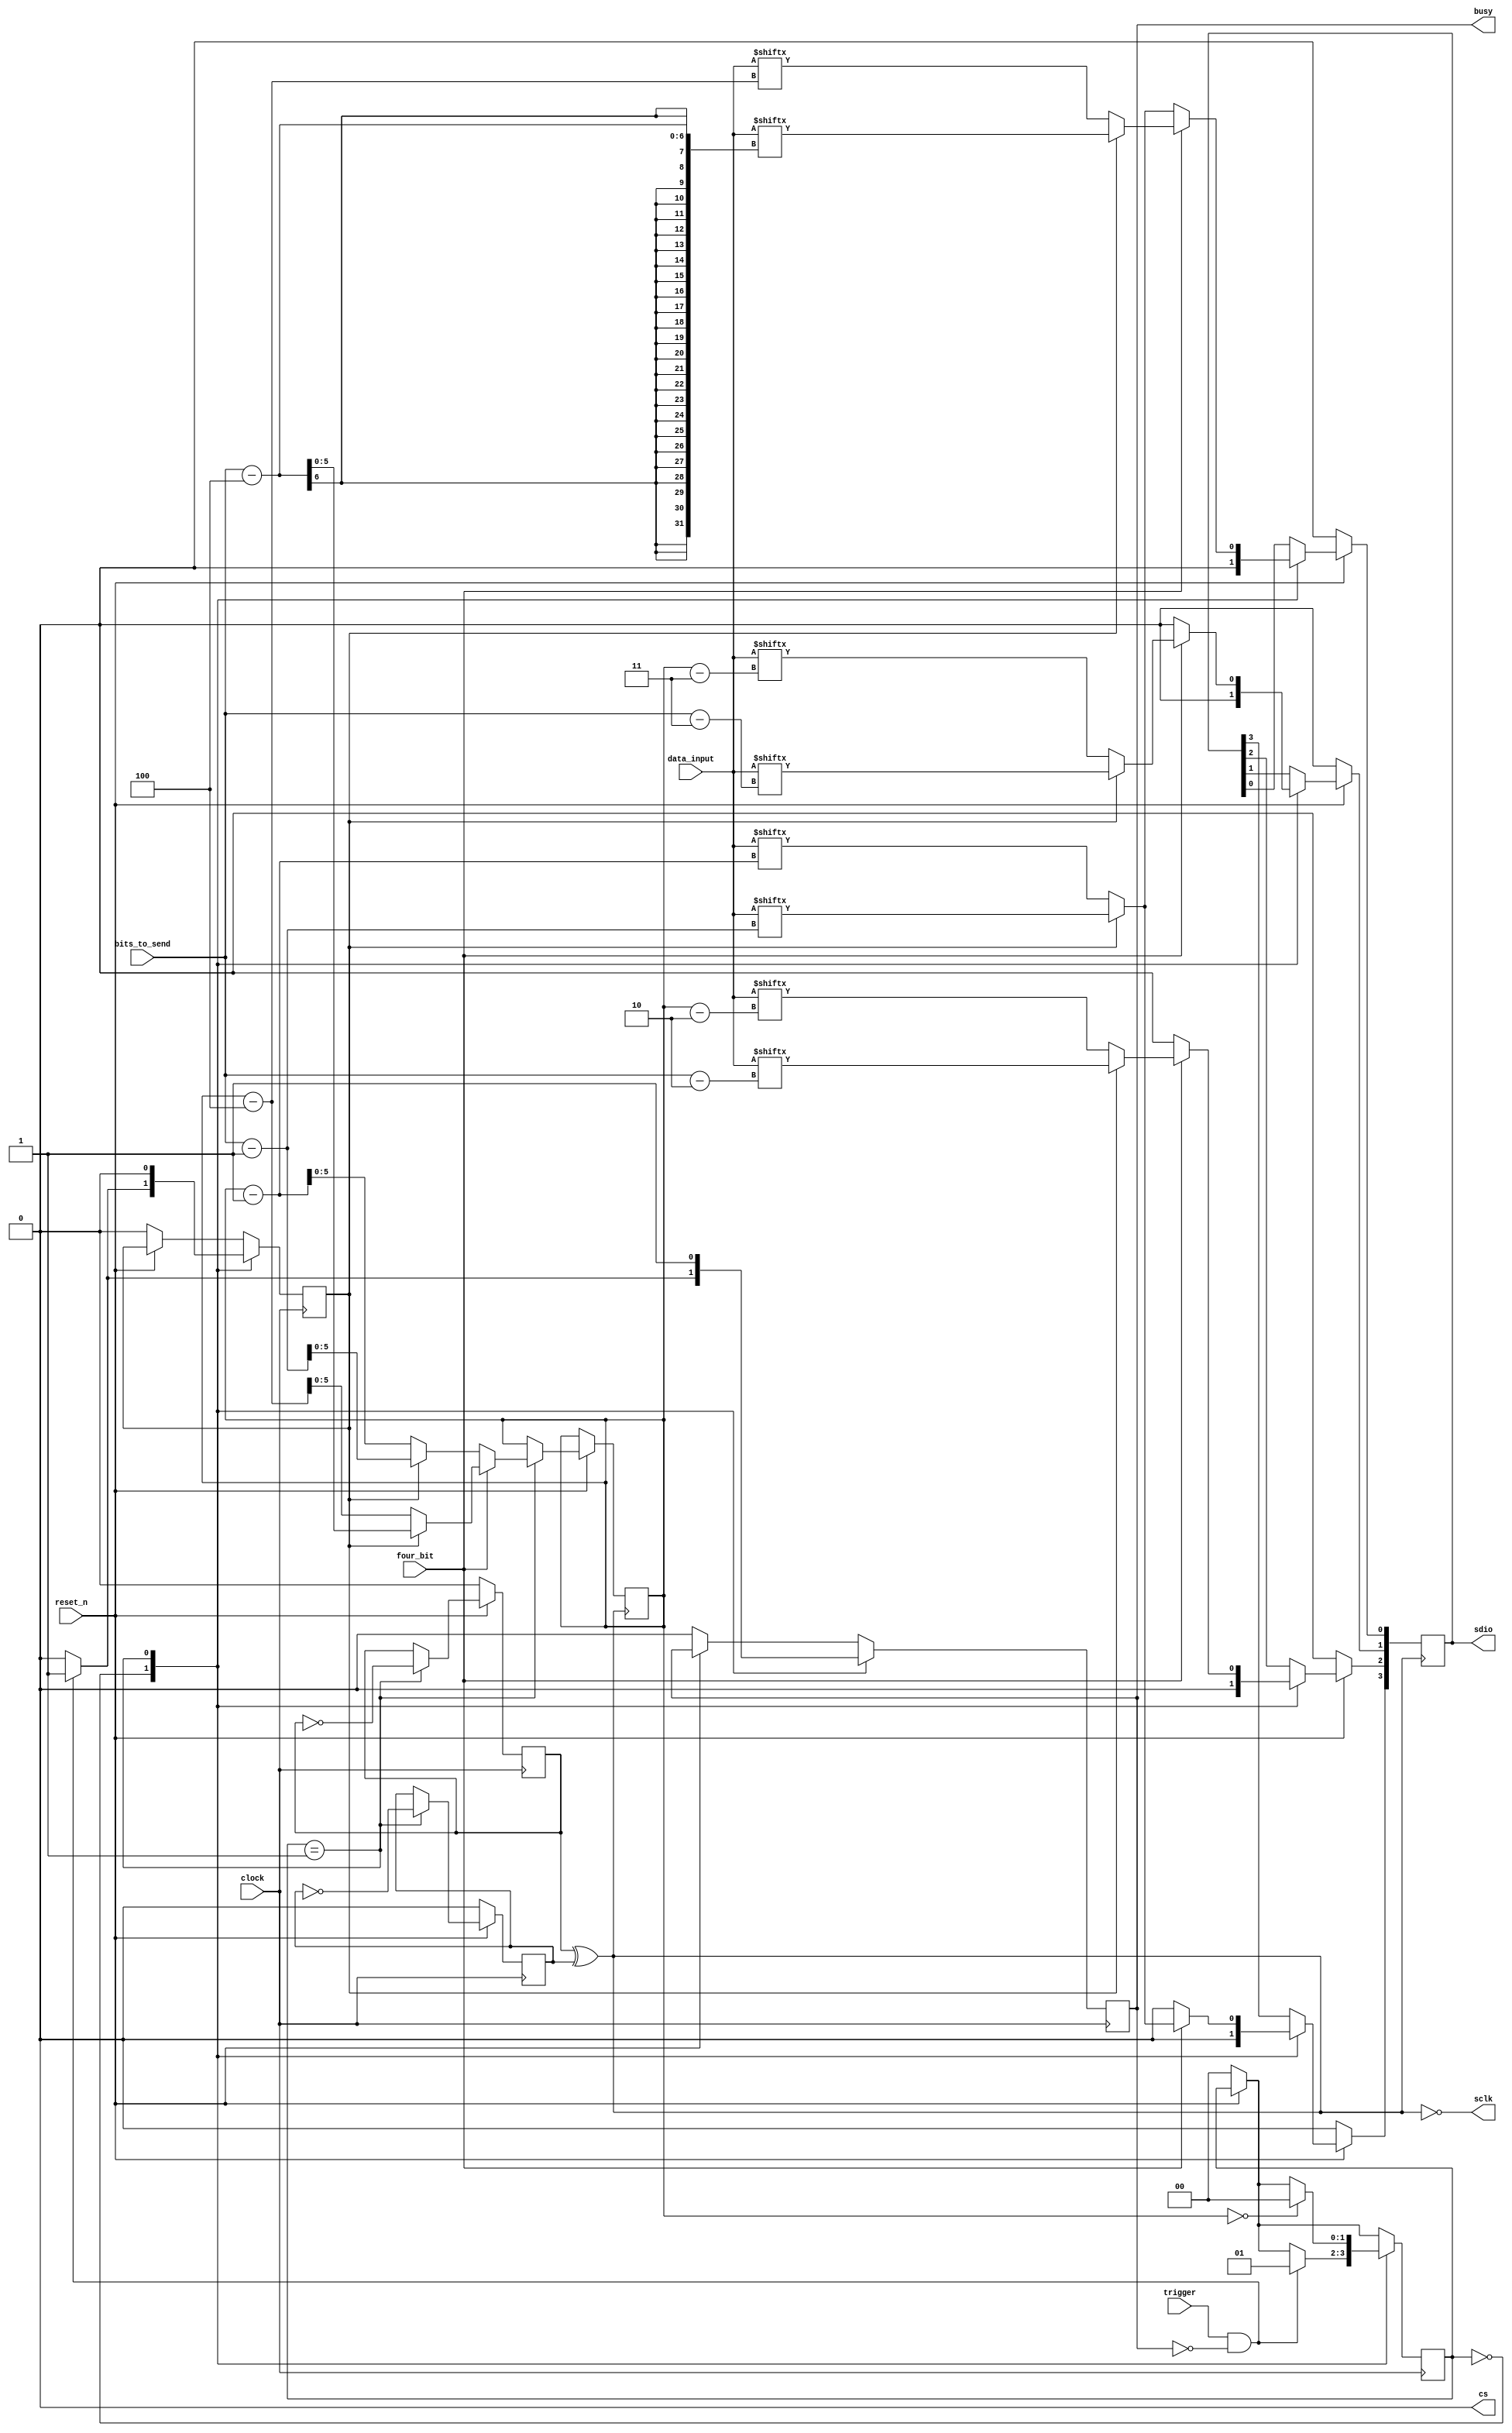
`timescale 1ns / 1ps
module four_bit_spi(
					 input 			  clock,
					 input 			  reset_n,
					 input 			  trigger,
					 input 			  four_bit,
					 output reg 	  busy,
					 input [5:0] 	  bits_to_send,
					 // 
					 input [63:0] 	  data_input,
					 // SPI interface
					 output reg 	  cs,
					 output 		  sclk,
					 output reg [3:0] sdio
);

   // where to put initiation of send
   parameter
	 STATE_IDLE = 0,
	 STATE_SEND = 1;

   reg [1:0] 						  state;
   reg [5:0] 						  bits_cntr;
   reg [63:0] 						  data_send;

   reg 								  triggered;

   initial begin
	  cs = 0;
   end

   reg pos;
   reg neg;

   assign sclk = !(neg^pos);
   // Phase of sclk is constant because reset_n is evaluated at the edge of clock.
   always @(posedge clock)begin
	  if(~reset_n) pos <= 0;
	  else begin
		 if(state == STATE_SEND) pos <= ~pos;

	  end
   end

   always @(negedge clock)begin
	  if(~reset_n) begin
		 neg <= 0;
	  end
	  else begin
		 if(state == STATE_SEND) neg <= ~neg;
	  end
   end

   // handle statemachine transition
   always @(posedge clock) begin
	  if(~reset_n) begin
		 state <= STATE_IDLE;
		 triggered <= 0;
		 busy <= 0;
	  end
	  case(state)
		STATE_IDLE : begin
		   if(trigger & ~busy) begin
			  busy <=1 ;
			  triggered <= 1;
			  state <= STATE_SEND;
		   end else begin
			  busy <= 0;
			  triggered <= 0;
		   end
		end
		STATE_SEND : begin
		   busy <= 1;
		   triggered <= 0;
		   if(bits_cntr == 0) begin
			  state <= STATE_IDLE;
		   end
		end
	  endcase // case (state)
   end // always @ (posedge clock)

   always @(negedge sclk) begin
	  if(~reset_n) begin
		 sdio <= 4'b0;
	  end else begin
		 case(state)
		   STATE_IDLE : begin
			  sdio <= 4'b0;
		   end

		   STATE_SEND : begin
			  if(four_bit) begin
				 if(triggered) begin
					/*sdio[0] <= data_input[0];
					 sdio[1] <= data_input[1];
					 sdio[2] <= data_input[2];
					 sdio[3] <= data_input[3];
					 */
					sdio[0] <= data_input[bits_to_send-4];
					sdio[1] <= data_input[bits_to_send-3];
					sdio[2] <= data_input[bits_to_send-2];
					sdio[3] <= data_input[bits_to_send-1];
					bits_cntr <= bits_to_send - 4;
					data_send <= (data_input >> 4);
				 end else begin // if (triggered)
					/*
					 sdio[0] <= data_send[0];
					 sdio[1] <= data_send[1];
					 sdio[2] <= data_send[2];
					 sdio[3] <= data_send[3];
					 */
					sdio[0] <= data_input[bits_cntr-4];
					sdio[1] <= data_input[bits_cntr-3];
					sdio[2] <= data_input[bits_cntr-2];
					sdio[3] <= data_input[bits_cntr-1];
					bits_cntr <= bits_cntr - 4;
					data_send <= (data_send >> 4);
				 end // else: !if(triggered)
			  end else begin // if (four_bit)
				 if(triggered) begin
					sdio[0] <= data_input[bits_to_send -1];
					sdio[1] <= 0;
					sdio[2] <= 0;
					sdio[3] <= 0;
				   
					bits_cntr <= bits_to_send - 1;
					data_send <= (data_input >> 1);
				 end else begin
					sdio[0] <= data_input[bits_cntr -1];
					sdio[1] <= 0;
					sdio[2] <= 0;
					sdio[3] <= 0;
					
					bits_cntr <= bits_cntr - 1;
					data_send <= (data_send >> 1);
				 end
			  end // else: !if(four_bit)
		   end // case: STATE_SEND
		 endcase // case (state)
	  end // else: !if(~reset_n)
	  
   end // always @ (negedge sclk)
endmodule // four_bit_spi